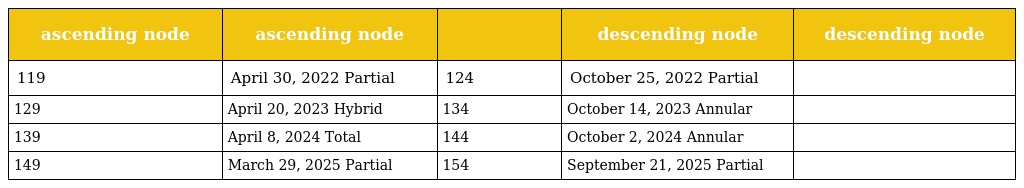
| ascending node | ascending node |  | descending node | descending node |
 | --- | --- | --- | --- | --- |
 | 119 | April 30, 2022 Partial | 124 | October 25, 2022 Partial |  |
 | 129 | April 20, 2023 Hybrid | 134 | October 14, 2023 Annular |  |
 | 139 | April 8, 2024 Total | 144 | October 2, 2024 Annular |  |
 | 149 | March 29, 2025 Partial | 154 | September 21, 2025 Partial |  |